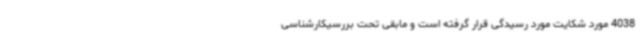
4038 مورد شکایت مورد رسیدگی قرار گرفته است و مابقی تحت بررسیکارشناسی